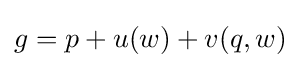
g=p+u(w)+v(q,w)